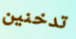
تدخنين